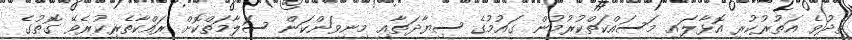
ތެދުވެ އަތުރުކުރި އޮޅާލައި މަސައްކަތްކުރުމުން ގައުމުގެ ސިޔާދަތާއި މިނިވަންކަން ސަލާމަތްކޮށް ރައްކާތެރިކުރެވޭ ގޮތުގެ